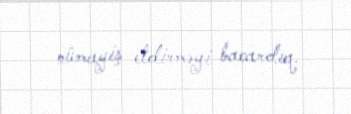
nümayiş etdirməyi bacardıq.